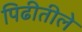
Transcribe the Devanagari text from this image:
पिढीतीले